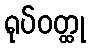
ရုပ်ဝတ္ထု